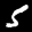
Label: 5